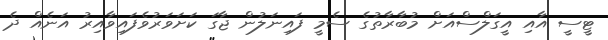
ޓީސީ އާއި އީގަލްސްއަށް މުބާރާތުގެ ސެމީ ފައިނަލުން ޖާގަ ކަށަވަރުވެފައިވާއިރު އަނެއް ދެ